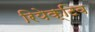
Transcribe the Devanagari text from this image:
रियेक्टिव